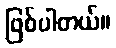
ဖြစ်ပါတယ်။